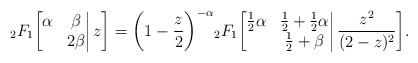
LaTeX: \begin{align*}{}_2F_1\bigg[\begin{matrix}\alpha&\beta\\&2\beta\end{matrix}\bigg|\,z\bigg]=\bigg(1-\frac z2\bigg)^{-\alpha}{}_2F_1\bigg[\begin{matrix}\frac12\alpha&\frac12+\frac12\alpha\\&\frac12+\beta\end{matrix}\bigg|\,\frac{z^2}{(2-z)^2}\bigg].\end{align*}